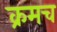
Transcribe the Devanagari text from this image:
क्रमच